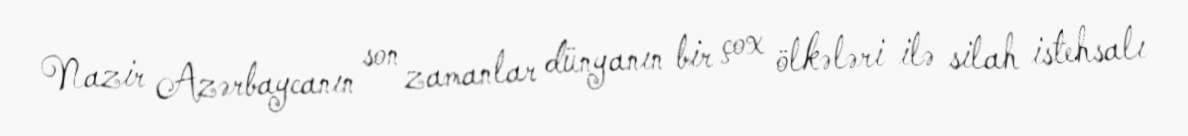
Nazir Azərbaycanın son zamanlar dünyanın bir çox ölkələri ilə silah istehsalı